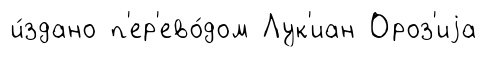
и́здано п'ер'ево́дом Лук'иан Ороз'иjа